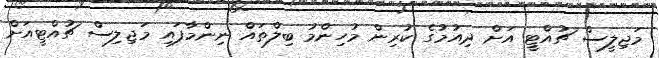
މަޖިލީސް ޗުއްޓީ އަށް ދިއުމުގެ ކުރިން މުހިންމު ބިލްތައް ނިންމާފައި މަޖިލިސް ޗުއްޓީއަށް